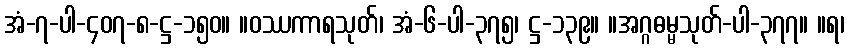
အံ-၇-ပါ-၄၀၇-၈-ဋ္ဌ-၁၅၀။ ။ဝဿကာရသုတ်၊ အံ-၆-ပါ-၃၇၅၊ ဋ္ဌ-၁၃၉။ ။အဂ္ဂဓမ္မသုတ်-ပါ-၃၇၇။ ။ရ၊